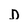
Character: D